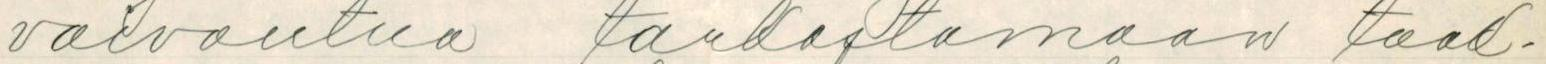
vaivautua tarkastamaan taak-